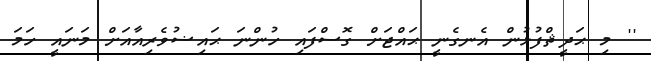
'' މި ޙަދީޘްފުޅުން އެނގެނީ ޙައްޖަށް ގޮސްފައި ހުންނަ ޙައިޟުވެރިއާއަށް މަނައީ ހަމަ